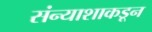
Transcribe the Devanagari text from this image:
संन्याशाकडून